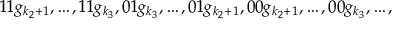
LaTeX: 1 1 g _ { k _ { 2 } + 1 } , \ldots , 1 1 g _ { k _ { 3 } } , 0 1 g _ { k _ { 3 } } , \ldots , 0 1 g _ { k _ { 2 } + 1 } , 0 0 g _ { k _ { 2 } + 1 } , \ldots , 0 0 g _ { k _ { 3 } } , \ldots ,